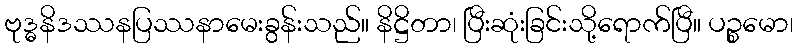
ဗုဒ္ဓနိဒဿနပြဿနာမေးခွန်းသည်။ နိဋ္ဌိတာ၊ ပြီးဆုံးခြင်းသို့ရောက်ပြီ။ ပဉ္စမော၊